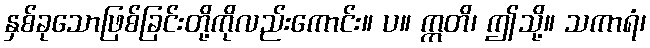
နှစ်ခုသောဖြစ်ခြင်းတို့ကိုလည်းကောင်း။ ပ။ ဣတိ၊ ဤသို့။ သကာရံ၊